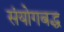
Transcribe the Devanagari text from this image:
संयोगबद्ध